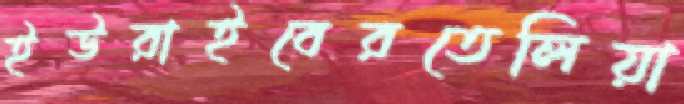
ইউরাইবেরতেলিয়া